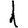
Digit: 1